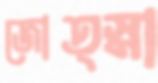
জোত্স্না